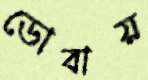
ডোবায়